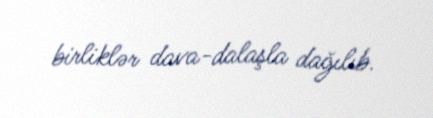
birliklər dava-dalaşla dağılıb.